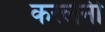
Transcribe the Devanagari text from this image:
करलेनी